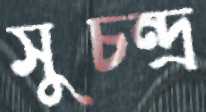
সুচন্দ্র